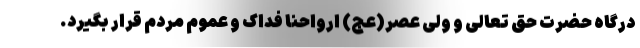
درگاه حضرت حق تعالی و ولی عصر(عج) ارواحنا فداک و عموم مردم قرار بگیرد.